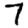
Digit: 7